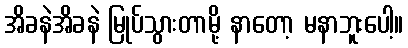
အိခနဲအိခနဲ မြုပ်သွားတာမို့ နာတော့ မနာဘူးပေါ့။